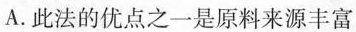
A.此法的优点之一是原料来源丰富